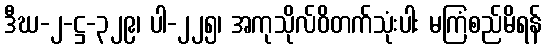
ဒီဃ-၂-ဋ္ဌ-၃၂၉၊ ပါ-၂၂၅၊ အကုသိုလ်ဝိတက်သုံးပါး မကြံစည်မိရန်